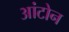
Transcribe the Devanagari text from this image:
आंटोन